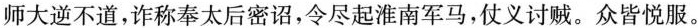
师大逆不道，诈称奉太后密诏，令尽起淮南军马，仗义讨贼。众皆悦服。